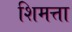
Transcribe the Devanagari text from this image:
शिमत्ता